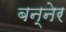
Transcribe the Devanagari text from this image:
बन्नेर